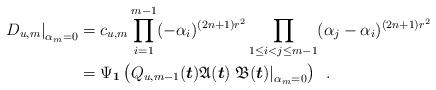
LaTeX: \begin{align*} \left.{D_{u,m}}\right|_{\alpha_m=0} &= \displaystyle c_{u,m}\prod_{i=1}^{m-1}(-\alpha_i)^{(2n+1)r^2}\prod_{1\le i<j\le m-1}(\alpha_{j}-\alpha_{i})^{(2n+1)r^2}\enspace\\&=\Psi_{\boldsymbol{1}}\left(Q_{u,m-1}(\boldsymbol{t}){{\mathfrak{A}}}(\boldsymbol{t})\left.{{\mathfrak{B}}}(\boldsymbol{t})\right|_{\alpha_m=0}\right)\enspace. \end{align*}